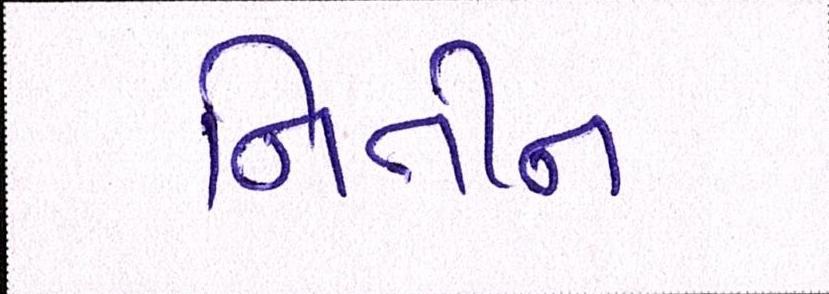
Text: નિતીન